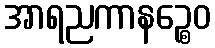
အာရညကာနဉ္စေဝ